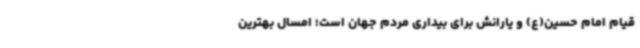
قیام امام حسین(ع) و یارانش برای بیداری مردم جهان است؛ امسال بهترین